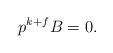
LaTeX: \begin{align*} p^{k+f}B=0.\end{align*}